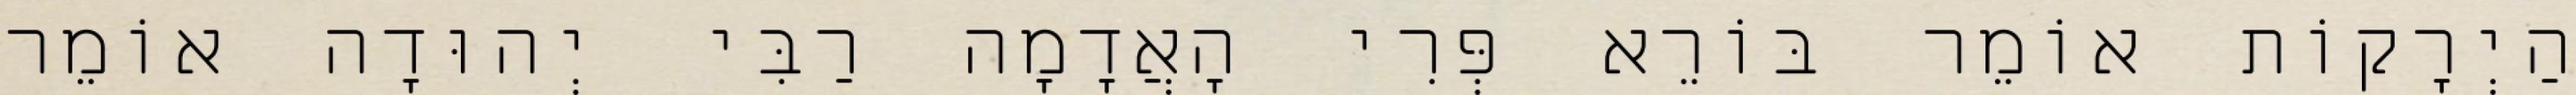
הַיְרָקוֹת אוֹמֵר בּוֹרֵא פְּרִי הָאֲדָמָה רַבִּי יְהוּדָה אוֹמֵר